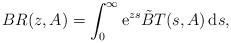
LaTeX: \begin{align*} BR(z,A)=\int_0^\infty \mathrm{e}^{zs}\tilde{B}T(s,A) \,\mathrm{d}s,\end{align*}